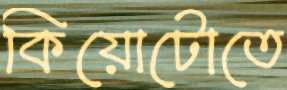
কিয়োটোতে